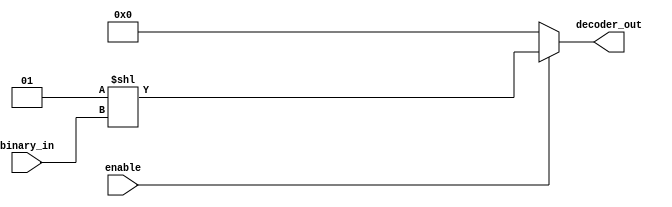
/* Verilog HDL Decoder Module

	Simple N-to-One-hot Binary Decoder.

	Based on:
	http://www.asic-world.com/examples/verilog/decoder.html
	https://blog.digilentinc.com/multiplexers-decoders-encoders-and-shifters-in-verilog/
	https://stackoverflow.com/questions/50006983/101024-bit-decoder-in-verilog

	Repo: https://github.com/mimocha/verilog-library
	Copyright (c) 2018 Chawit Leosrisook
*/

`timescale 1 ns / 1 ns

module decoder

//=========================================================================
//  Parameters Definition
//=========================================================================
#(
	// Input bit count
	parameter IN = 9,

	// Output bit count
	parameter OUT = (1 << IN)
)

//=========================================================================
//  Ports, Wires & Variables Definition
//=========================================================================
(
	input					enable,
	input		[IN-1 : 0]	binary_in,	//  binary input
	output wire	[OUT-1 : 0]	decoder_out	//  decoded output
);

//=========================================================================
//  Structural Coding
//=========================================================================

assign decoder_out = (enable) ? (1 << binary_in) : 0;


endmodule